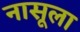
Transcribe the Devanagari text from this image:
नासूला